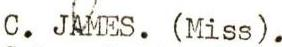
C. JAMES. (Miss).